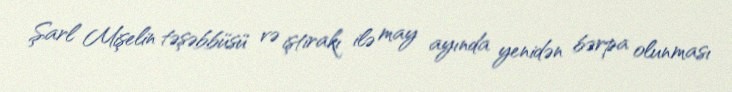
Şarl Mişelin təşəbbüsü və iştirakı ilə may ayında yenidən bərpa olunması